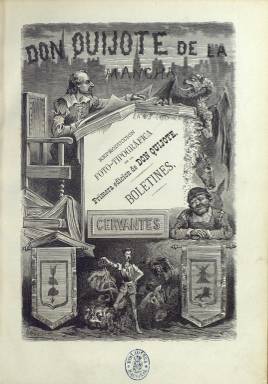
Título: Boletín de la reproducción foto-tipográfica de la primera edición de Don Quijote de La Mancha
Otros títulos: Boletín de la reproducción foto tipográfica de la primera edición de Don Quijote || Boletín de la reproducción foto tipográfica de la primera edición de Don Quijote || Boletín de la reproducción fototipográfica de la primera edición de Don Quijote || Boletines, reproducción foto-tipográfica de la primera edición de Don Quijote
Colección: Artes gráficas || Libros
Ámbito geográfico: Barcelona
Lugar de publicación: Barcelona
Fechas: 01/05/1871-31/12/1880